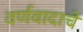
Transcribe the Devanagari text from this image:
वर्णवादाचे